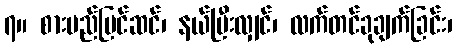
၇။ စားမည်ပြင်ဆင်၊ နယ်ပြီးလျှင်၊ လက်တင်ခုချက်ခြင်း၊